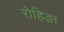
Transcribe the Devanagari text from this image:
रोहिङा